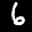
Label: 6